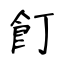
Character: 飣